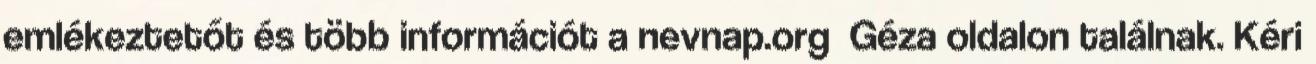
emlékeztetőt és több információt a nevnap.org Géza oldalon találnak. Kéri